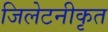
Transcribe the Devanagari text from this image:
जिलेटनीकृत